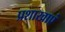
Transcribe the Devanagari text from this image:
प्रशाखाएं